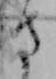
さ